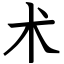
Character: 术